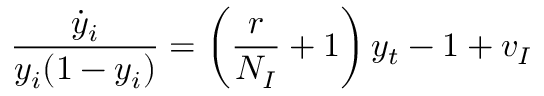
\frac { \dot { y } _ { i } } { y _ { i } ( 1 - y _ { i } ) } = \left( \frac { r } { N _ { I } } + 1 \right) y _ { t } - 1 + v _ { I }